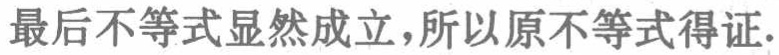
最后不等式显然成立,所以原不等式得证.